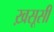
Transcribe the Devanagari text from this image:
ख़सूसी